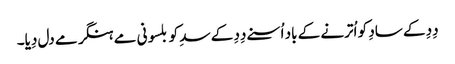
دِدِ کے سادِ کو اُترنے کے باد اُسنے دِدِ کے سدِ کو بلسونی مے ہنگر مے دل دِیا۔